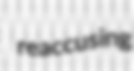
reaccusing